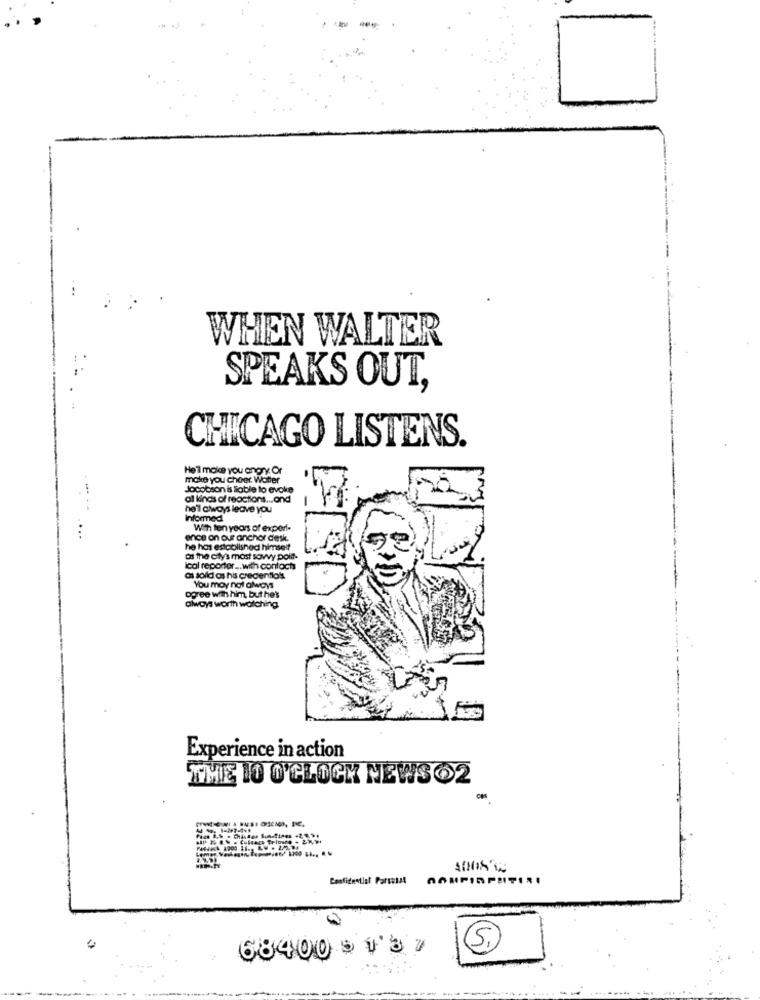
WHEN WALTER
SPEAKS OUT,
CHICAGO LISTENS.
He'll make you angry. Or
make you choer Waffer
Jacobson is liable to evoke
al kinds of reactions ... and
he'l always leave you
informed
With ten years of expert-
ence on our anchor desk.
he has established himself
as the city's most savvy polit-
ical reporter ... with contacts
as soild os his credentioss
You may not always
ogree with him, but he's
always worth watching
Experience in action
THE 10 O'CLOCK NEWS62
Confidential Parsalat
68400 5 437